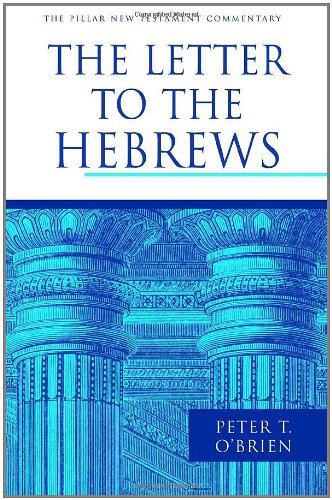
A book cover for The Letter to the Hebrews (The Pillar New Testament Commentary); Peter T. O'Brien; Christian Books & Bibles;